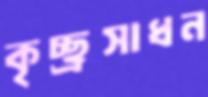
কৃচ্ছ্রসাধন